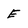
Character: E